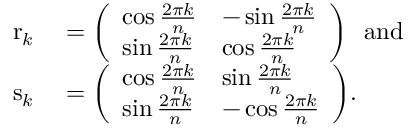
\begin{array} { r l } { \mathrm { r } _ { k } } & { { } = { \left( \begin{array} { l l } { \cos { \frac { 2 \pi k } { n } } } & { - \sin { \frac { 2 \pi k } { n } } } \\ { \sin { \frac { 2 \pi k } { n } } } & { \cos { \frac { 2 \pi k } { n } } } \end{array} \right) } \ \ { \mathrm { a n d } } } \\ { \mathrm { s } _ { k } } & { { } = { \left( \begin{array} { l l } { \cos { \frac { 2 \pi k } { n } } } & { \sin { \frac { 2 \pi k } { n } } } \\ { \sin { \frac { 2 \pi k } { n } } } & { - \cos { \frac { 2 \pi k } { n } } } \end{array} \right) } . } \end{array}